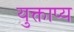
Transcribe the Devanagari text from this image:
युक्ताप्य